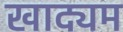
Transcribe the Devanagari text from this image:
खाद्यम